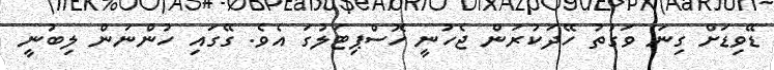
ޑޭވިޑަށް ގިނަ ވަގުތު ހޭދަކުރަން ޖެހުނީ ހޮސްޕިޓަލުގަ އެވެ. ގޭގައި ހުންނަން ލިބުނީ